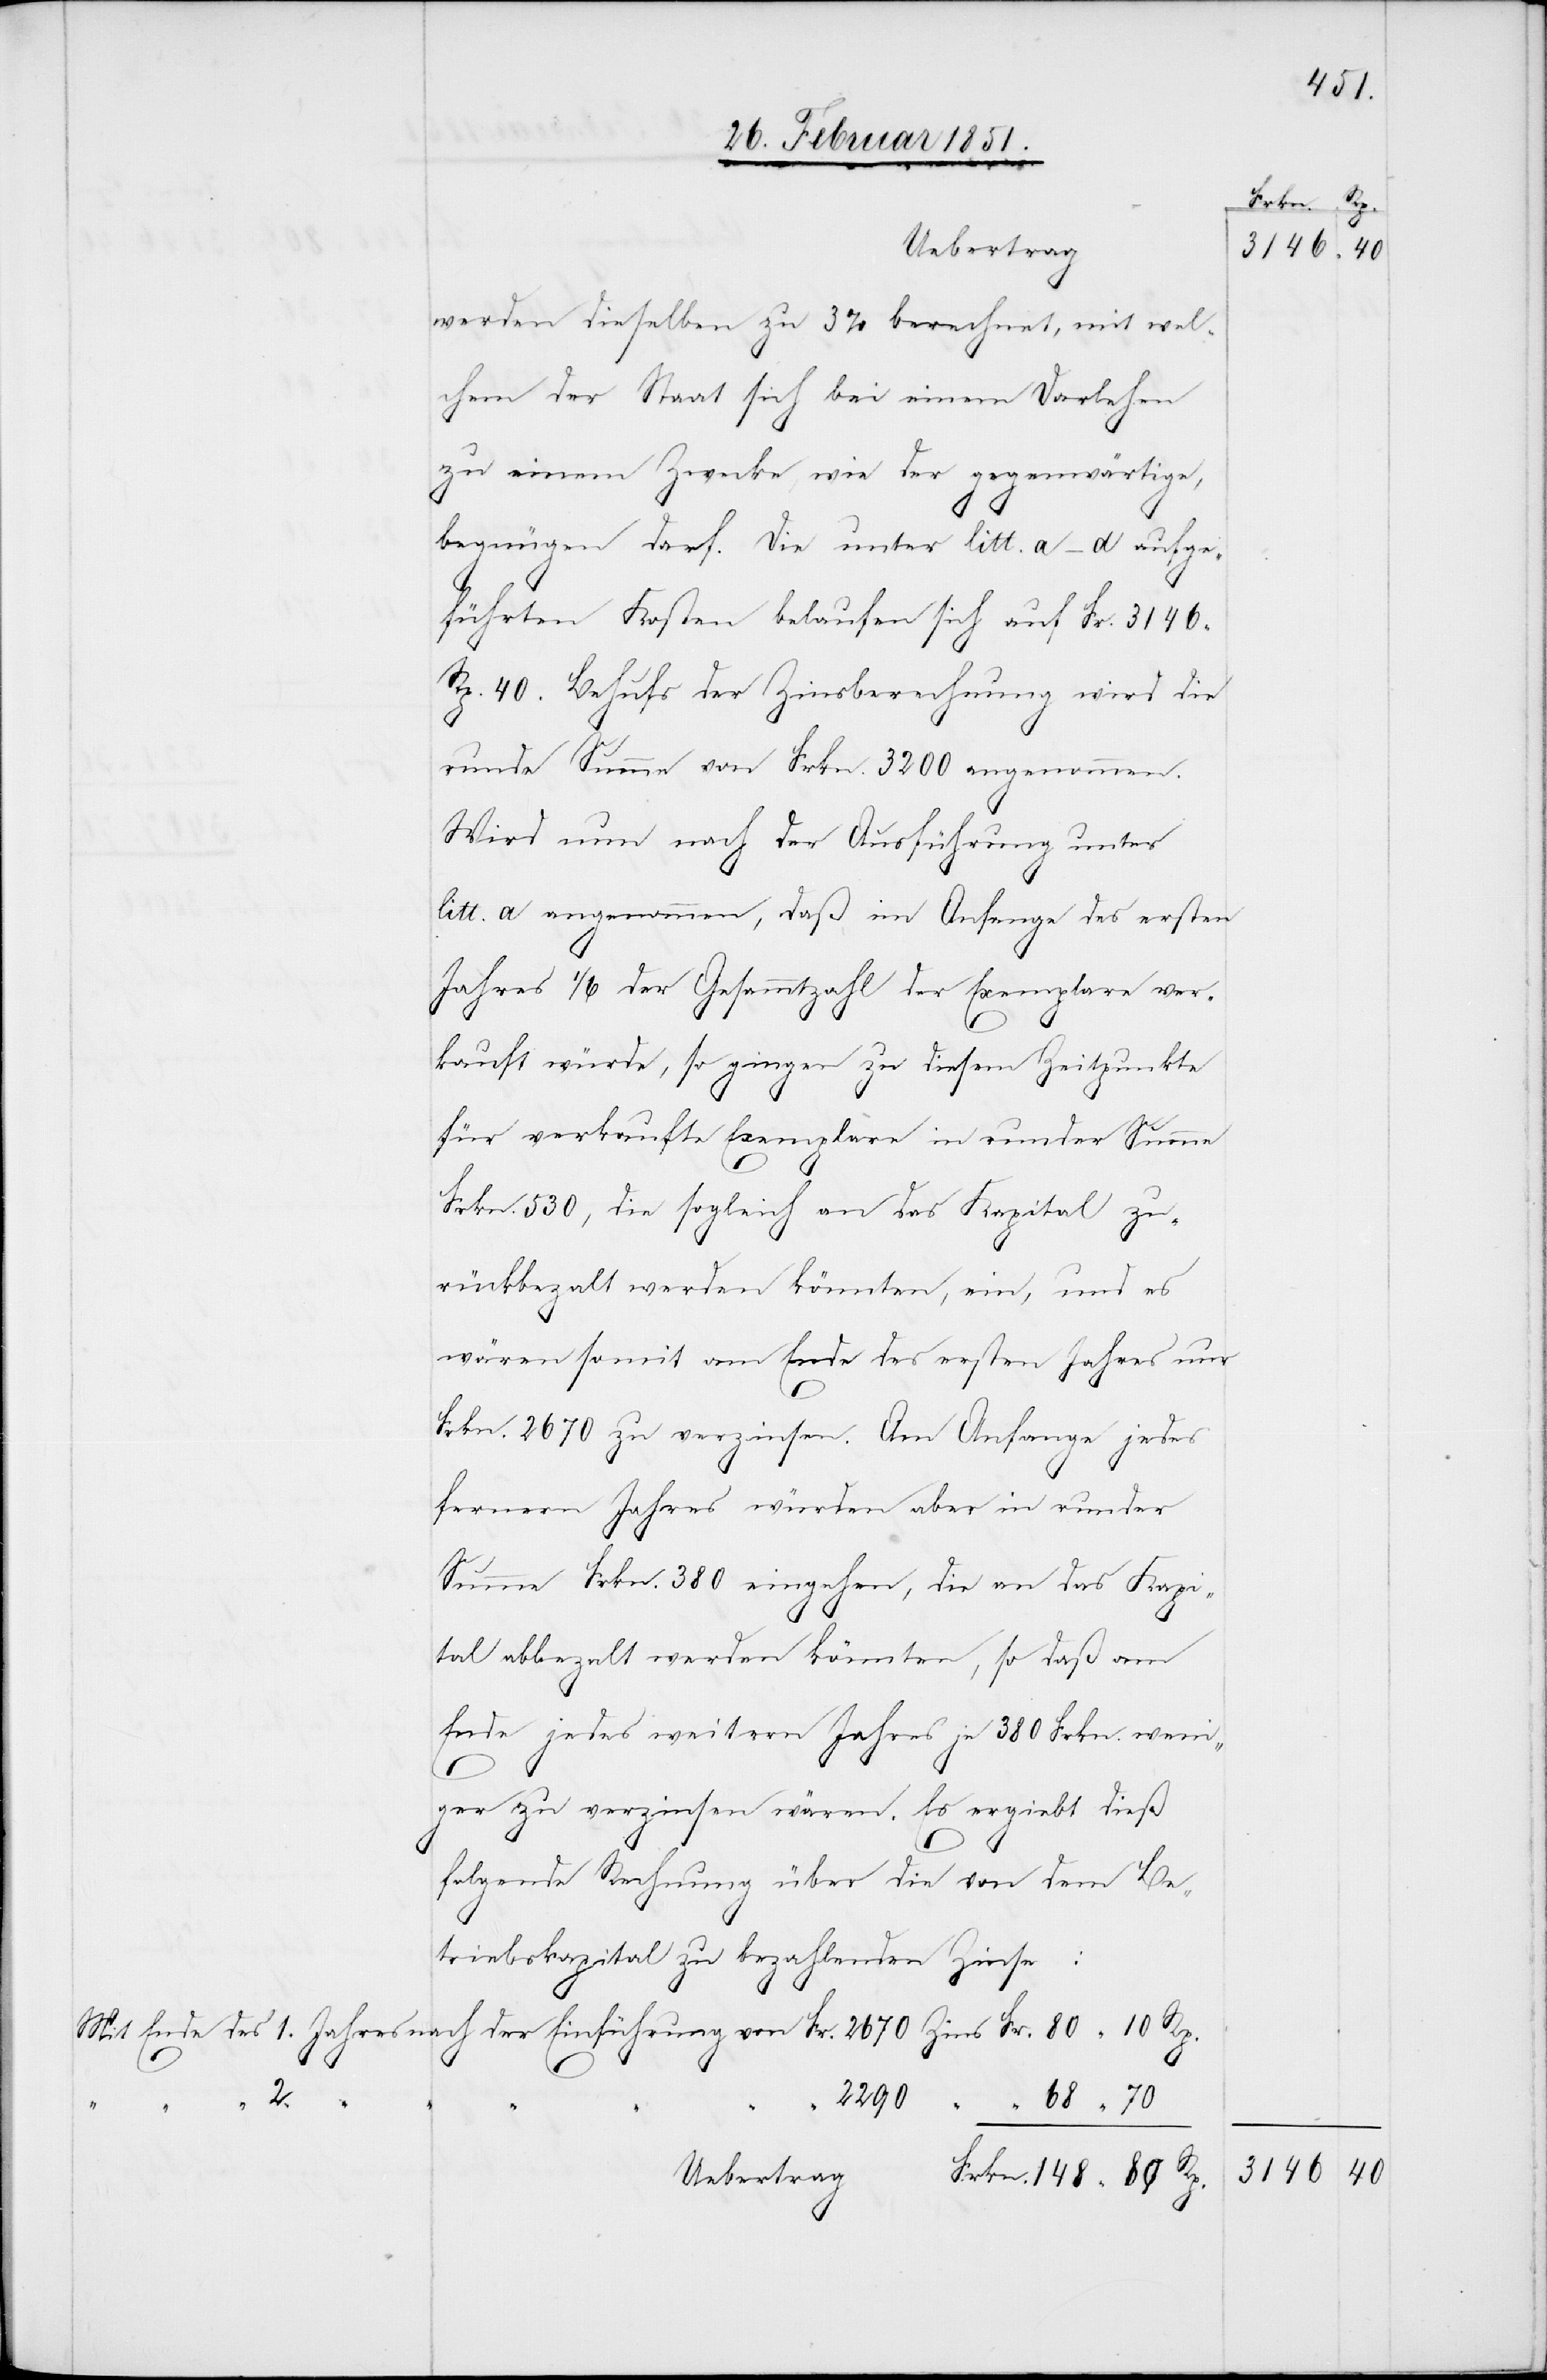
werden dieselben zu 3% berechnet, mit wel¬
chem der Staat sich bei einem Darlehen
zu einem Zwecke, wie der gegenwärtige,
begnügen darf. Die unter litt. a–d aufge¬
führten Kosten belaufen sich auf Fr. 3146
Rp. 40. Behufs der Zinsberechnung wird die
runde Summe von Frkn. 3200 angenommen.
Wird nun nach der Ausführung unter
litt. a angenommen, daß im Anfange des ersten
Jahres 1/6 der Gesammtzahl der Exemplare ver¬
kauft würde, so gingen zu diesem Zeitpunkte
für verkaufte Exemplare in runder Summe
Frkn. 530, die sogleich an das Kapital zu¬
rückbeza[h]lt werden könnten, ein, und es
wären somit am Ende des ersten Jahres nur
Frkn. 2670 zu verzinsen. Am Anfange jedes
fernern Jahres würden aber in runder
Summe Frkn. 380 eingehen, die an das Kapi¬
tal abbeza[h]lt werden könnten, so daß am
Ende jedes weitern Jahres je 380 Frkn. weni¬
ger zu verzinsen wären. Es ergiebt dieß
folgende Rechnung über die von dem Be¬
68
triebskapital zu bezahlenden Zinse:
1.
2290
Uebertrag

3146

40

40